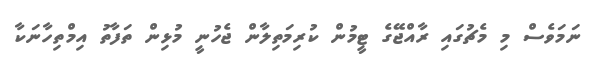
ނަމަވެސް މި މެޗުގައި ރާއްޖޭގެ ޓީމުން ކުރިމަތިލާން ޖެހުނީ މުޅިން ތަފާތު އިމްތިހާނަކާ